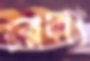
রেলা